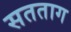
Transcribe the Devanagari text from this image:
सतताग